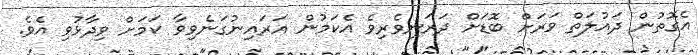
އެގޮތުން ދައުލަތް ވަރަށް ބޮޑަށް ދަރަނިވެރިވެ އެކަމުން އަރައިނުގަނެވިވާ ކަމަށް ވިދާޅުވި އެވެ.